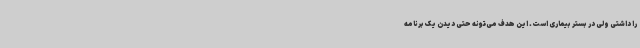
را داشتی ولی در بستر بیماری است. این هدف می‌تونه حتی دیدن یک برنامه